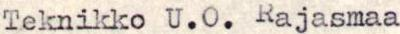
Teknikko U.0.Rajasmaa